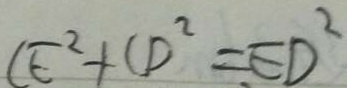
C E ^ { 2 } + C D ^ { 2 } = E D ^ { 2 }